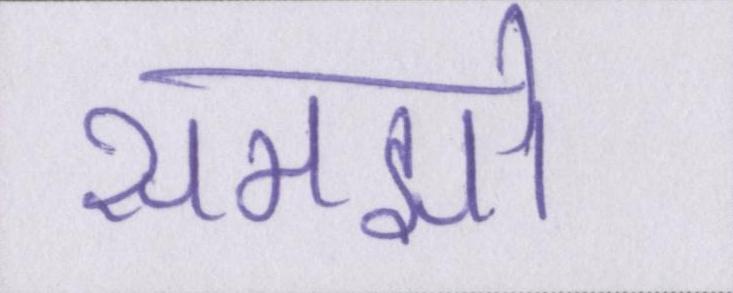
समझो